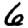
Digit: 6